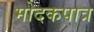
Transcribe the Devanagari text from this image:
मोदकपात्र